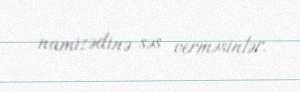
namizədinə səs verməsinlər.